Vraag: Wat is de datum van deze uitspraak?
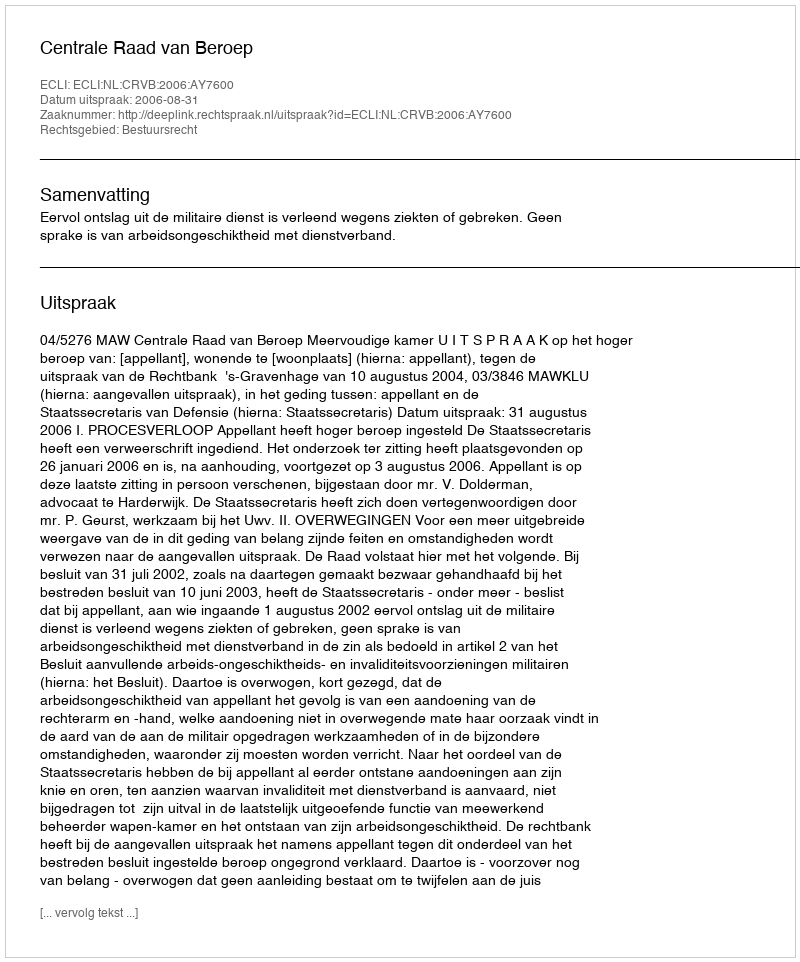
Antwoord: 2006-08-31